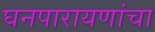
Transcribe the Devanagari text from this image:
घनपारायणांचा